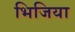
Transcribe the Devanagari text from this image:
भिजिया